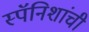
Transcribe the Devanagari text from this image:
स्पॅनिशांची